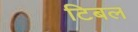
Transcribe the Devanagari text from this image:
टिबल